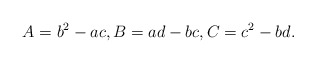
\begin{align*}A = b^2 - ac, B = ad - bc, C = c^2 - bd.\end{align*}